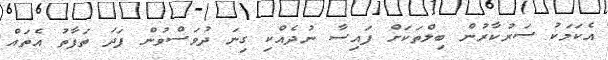
އެކަމަކު ސަރުކާރުން ބިލްތަކަށް ފައިސާ ނުދެއްކި ގިނަ ދުވަސްވުން ފަދަ ތަފާތު އެތައް